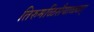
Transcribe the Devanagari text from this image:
तिरुमळिसैयाळ्वार्